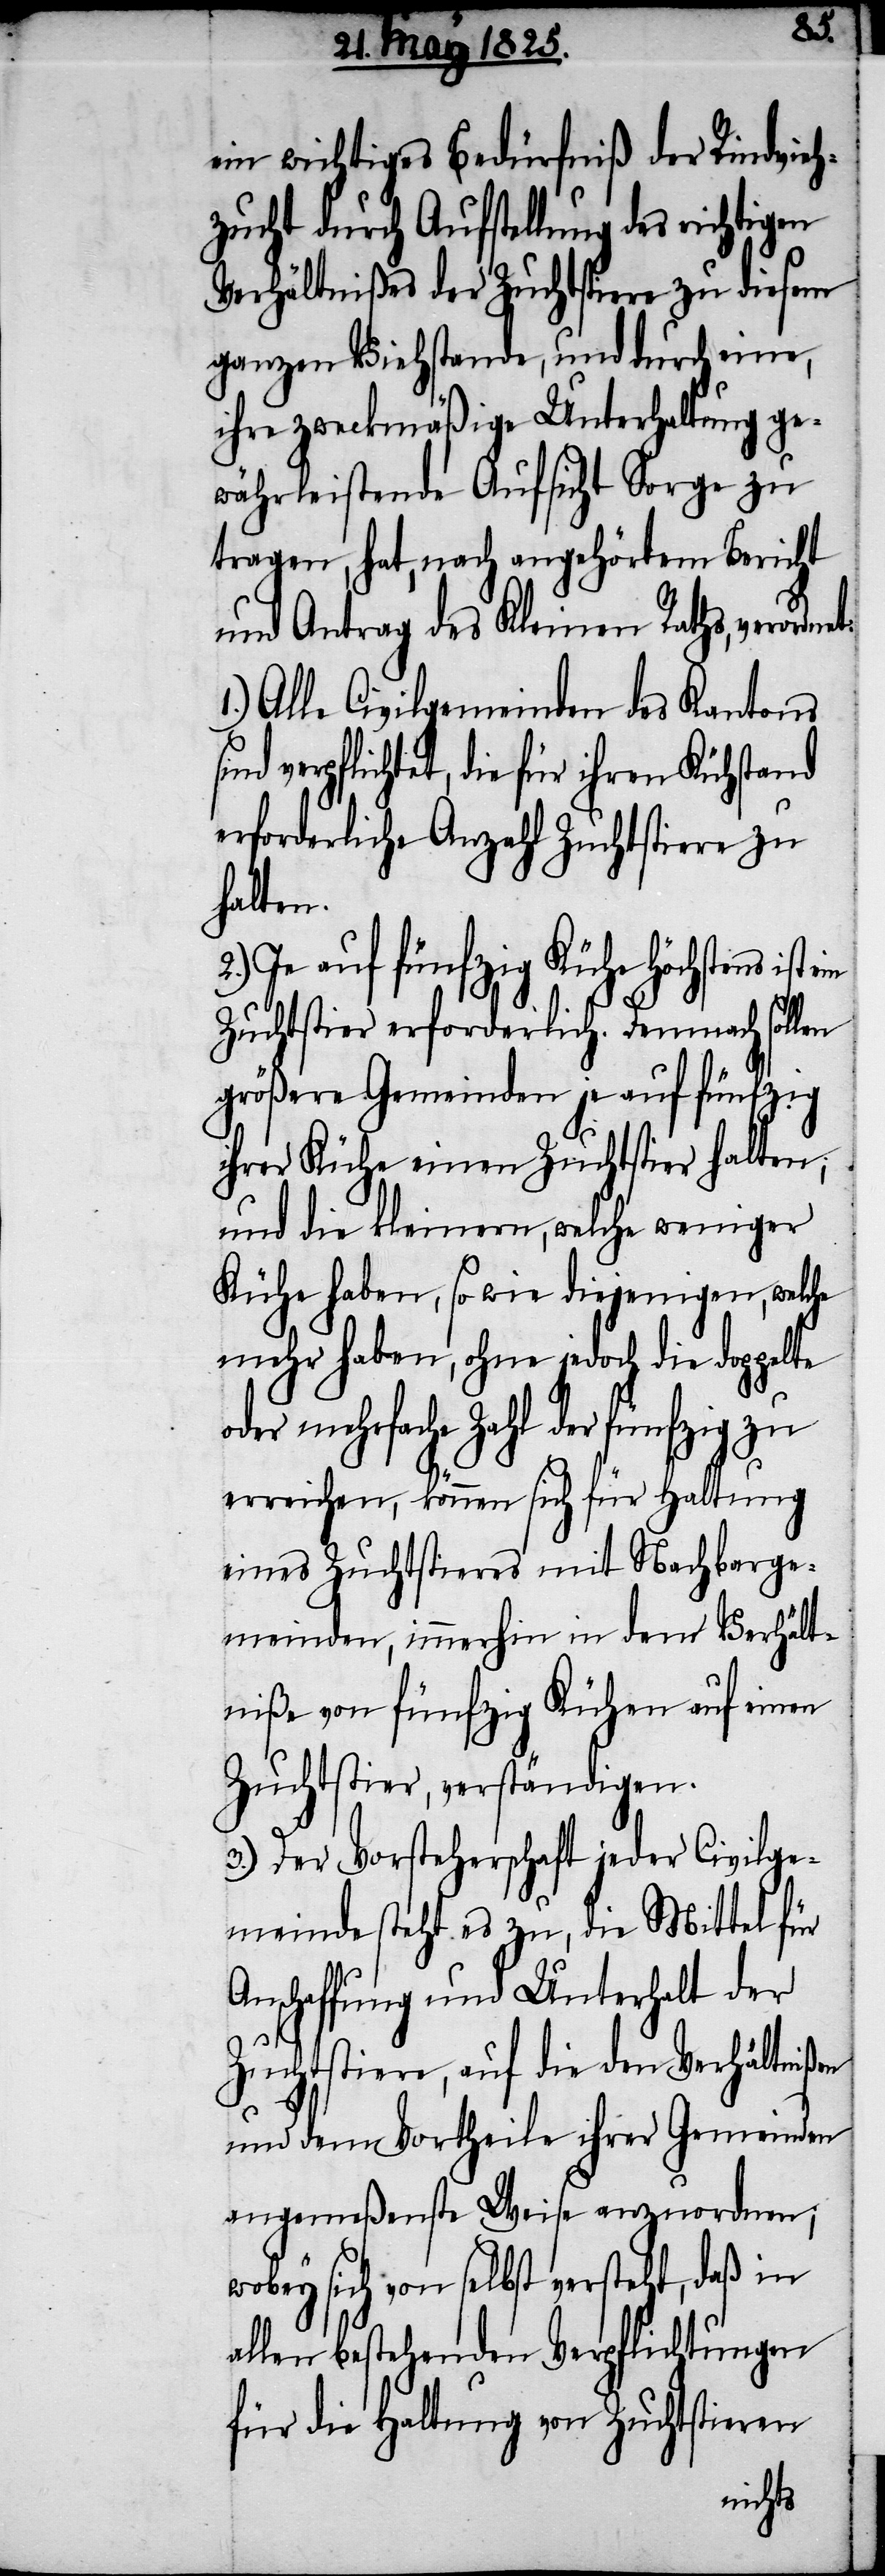
te
ein wichtiges Bedürfniß der Rindvieh¬
zucht durch Aufstellung des richtigen
Verhältnißes der Zuchtstiere zu diesem
ganzen Viehstande, und durch eine,
ihre zweckmäßige Unterhaltung ge¬
währleistende Aufsicht Sorge zu
tragen, hat, nach angehörtem Bericht
und Antrag des Kleinen Raths, verordne¬
1.) Alle Civilgemeinden des Kantons
verpflichtet, die für ihren Kühstand
erforderliche Anzahl Zuchtstiere zu
halten.
2.) Je auf fünfzig Kühe höchstens ist
Zuchtstier erforderlich. Demnach sol¬
größere Gemeinden je auf fünfzig
ihrer Kühe einen Zuchtstier halten;
und die kleinern, welche weniger
Kühe haben, ohne jedoch die doppel¬
oder mehrfache Zahl der fünfzig zu
erreichen, können sich für Haltung
eines Zuchtstieres mit Nachbarge¬
meinden, immerhin in dem Verhä¬
ltniße von fünfzig Kühen auf einen
Zuchtstier, verständigen.
3.) Der Vorsteherschaft jeder Civilge¬
meinde steht es zu, die Mittel für
Anschaffung und Unterhalt der
Zuchtstiere, auf die den Verhältnißen
und dem Vortheile ihrer Gemeinden
angemeßenste Weise anzuordnen;
wobey sich von selbst versteht, daß in
allen bestehenden Verpflichtungen
für die Haltung von Zuchtstieren